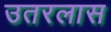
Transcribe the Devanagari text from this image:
उतरलास